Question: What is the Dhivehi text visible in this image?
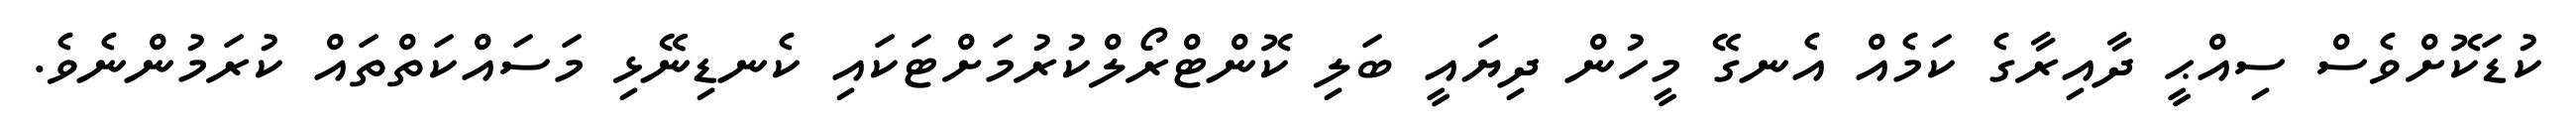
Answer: ކުޑަކޮށްވެސް ސިއްޙީ ދާއިރާގެ ކަމެއް އެނގޭ މީހުން ދިޔައީ ބަލި ކޮންޓްރޯލްކުރުމަށްޓަކައި ކެނޑިނޭޅި މަސައްކަތްތައް ކުރަމުންނެވެ.